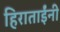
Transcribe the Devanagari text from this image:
हिराताईंनी